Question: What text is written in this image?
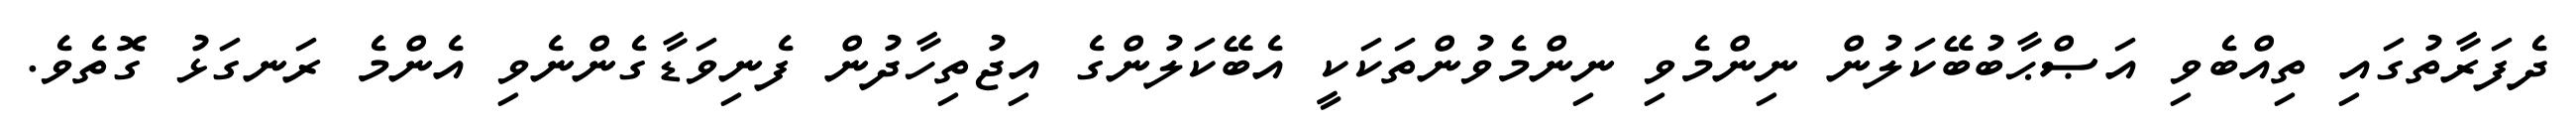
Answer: ދެފަރާތުގައި ތިއްބެވި އަޞްޙާބުބޭކަލުން ނިންމެވި ނިންމެވުންތަކަކީ އެބޭކަލުންގެ އިޖުތިހާދުން ފެނިވަޑާގެންނެވި އެންމެ ރަނގަޅު ގޮތެވެ.